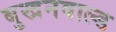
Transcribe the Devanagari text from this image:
बुखनवाल्ड